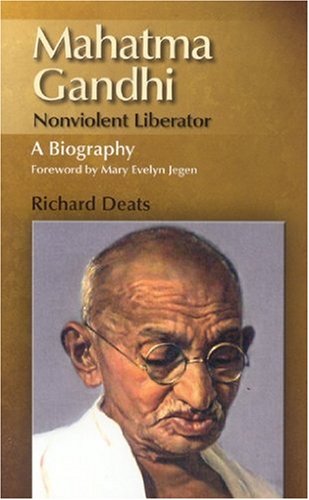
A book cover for Mahatma Gandhi: Non-Violent Liberator, A Biography; Richard Deats; Religion & Spirituality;